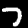
Digit: 7